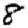
Digit: 8